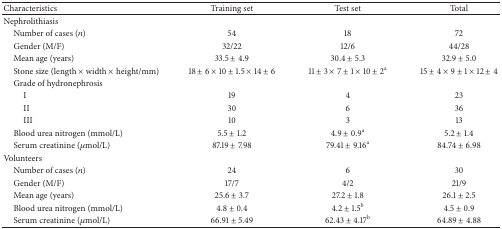
<table><thead><tr><td><b>Characteristics</b></td><td><b>Training set </b></td><td><b>Test set</b></td><td><b>Total</b></td></tr></thead><tbody><tr><td>Nephrolithiasis</td><td> </td><td> </td><td> </td></tr><tr><td> Number of cases (<i>n</i>)</td><td>54</td><td>18</td><td>72</td></tr><tr><td> Gender (M/F)</td><td>32/22</td><td>12/6</td><td>44/28</td></tr><tr><td> Mean age (years)</td><td>33.5 ± 4.9</td><td>30.4 ± 5.3</td><td>32.9 ± 5.0</td></tr><tr><td> Stone size (length × width × height/mm)</td><td>18 ± 6 × 10 ± 1.5 × 14 ± 6</td><td>11 ± 3 × 7 ± 1 × 10 ± 2<sup>a</sup></td><td>15 ± 4 × 9 ± 1 × 12 ± 4</td></tr><tr><td> Grade of hydronephrosis</td><td> </td><td> </td><td> </td></tr><tr><td>I</td><td>19</td><td>4</td><td>23</td></tr><tr><td>II</td><td>30</td><td>6</td><td>36</td></tr><tr><td>III</td><td>10</td><td>3</td><td>13</td></tr><tr><td> Blood urea nitrogen (mmol/L)</td><td>5.5 ± 1.2</td><td>4.9 ± 0.9<sup>a</sup></td><td>5.2 ± 1.4</td></tr><tr><td> Serum creatinine (<i>μ</i>mol/L)</td><td>87.19 ± 7.98</td><td>79.41 ± 9.16<sup>a</sup></td><td>84.74 ± 6.98</td></tr><tr><td>Volunteers</td><td> </td><td> </td><td> </td></tr><tr><td> Number of cases (<i>n</i>)</td><td>24</td><td>6</td><td>30</td></tr><tr><td> Gender (M/F)</td><td>17/7</td><td>4/2</td><td>21/9</td></tr><tr><td> Mean age (years)</td><td>25.6 ± 3.7</td><td>27.2 ± 1.8</td><td>26.1 ± 2.5</td></tr><tr><td> Blood urea nitrogen (mmol/L)</td><td>4.8 ± 0.4</td><td>4.2 ± 1.5<sup>b</sup></td><td>4.5 ± 0.9</td></tr><tr><td> Serum creatinine (<i>μ</i>mol/L)</td><td>66.91 ± 5.49</td><td>62.43 ± 4.17<sup>b</sup></td><td>64.89 ± 4.88</td></tr></tbody></table>